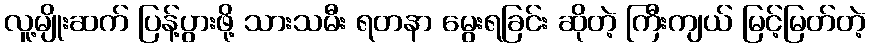
လူ့မျိုးဆက် ပြန့်ပွားဖို့ သားသမီး ရတနာ မွေးရခြင်း ဆိုတဲ့ ကြီးကျယ် မြင့်မြတ်တဲ့